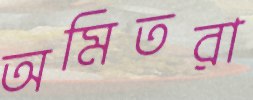
অমিতরা